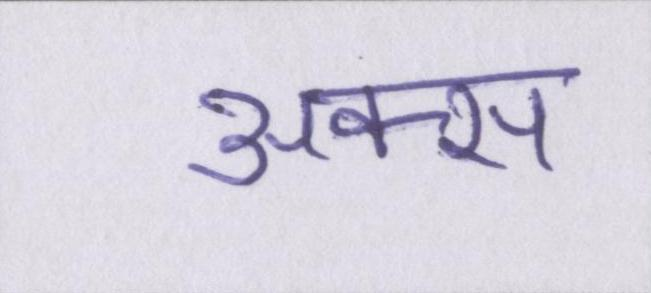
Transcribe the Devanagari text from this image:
अक्स